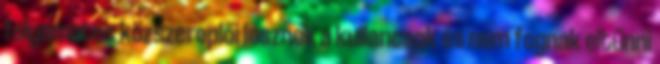
folyamatos közszereplői lesznek a kullancsok és nem fognak eltűnni